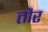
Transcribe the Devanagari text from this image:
तौर